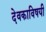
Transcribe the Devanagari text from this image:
देवकाविषयी